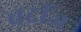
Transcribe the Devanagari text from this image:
बर्दीज